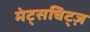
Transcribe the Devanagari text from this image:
मेट्सचिट्ज़